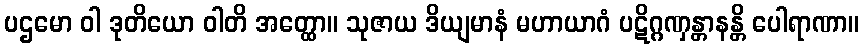
ပဌမော ဝါ ဒုတိယော ဝါတိ အတ္ထော။ သုဇာယ ဒိယျမာနံ မဟာယာဂံ ပဋိဂ္ဂဏှန္တာနန္တိ ပေါရာဏာ။